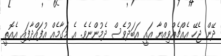
ދޭން ޖެހޭ އެއްޗެއްވިއްޔާ އައީ އަބަދުވެސް ދެމުންނެވެ. އެ މަގާމެއް އުފައްދާފައި އެއޮތީ